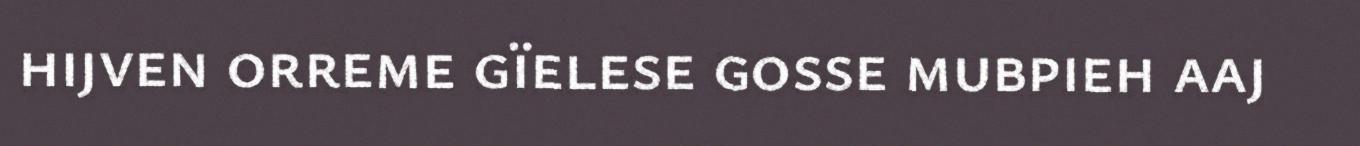
hijven orreme gïelese gosse mubpieh aaj